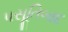
પસૂતિબાદ